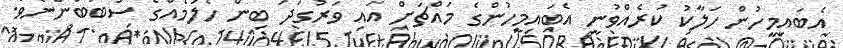
އެބައިމީހުން ހަލާކު ކުރެއްވުނީ އެބައިމީހުންގެ މައްޗަށް އައި ވަރުގަދަ ބިން ހެލުމެއްގެ ސަބަބުންނެވެ.